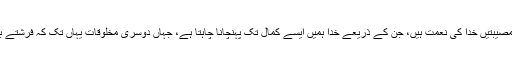
پس یہ آزمائشیں اور مصیبتیں خدا کی نعمت ہیں، جن کے ذریعے خدا ہمیں ایسے کمال تک پہنچانا چاہتا ہے، جہاں دوسری مخلوقات یہاں تک کہ فرشتے بھی نہیں پہنچ سکتے۔